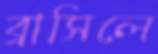
ব্রাসিলে